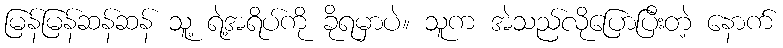
မြန်မြန်ဆန်ဆန် သူ့ ရဲ့အရိပ်ကို ခိုရမှာပဲ။ သူက အဲသည်လိုပြောပြီးတဲ့ နောက်